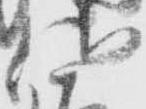
佐